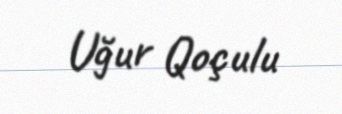
Uğur Qoçulu